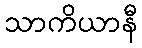
သာကိယာနီ